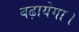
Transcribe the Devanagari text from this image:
बढ़ायेगा।